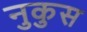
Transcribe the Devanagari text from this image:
नुकुस